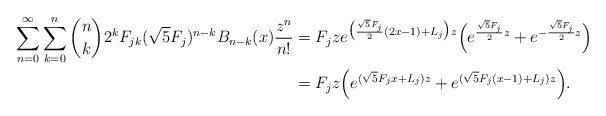
\begin{align*}\sum_{n=0}^\infty \sum_{k=0}^n {n\choose k} 2^k F_{jk} (\sqrt{5}F_j)^{n-k} B_{n-k}(x) \frac{z^n}{n!}& = F_j z e^{\big(\frac{\sqrt{5}F_j}{2}(2x-1) + L_j\big) z}\Big (e^{\frac{\sqrt{5}F_j}{2} z} + e^{-\frac{\sqrt{5}F_j}{2}z}\Big ) \\& = F_j z \Big (e^{(\sqrt{5}F_j x + L_j) z} + e^{(\sqrt{5}F_j(x-1) + L_j)z}\Big ).\end{align*}